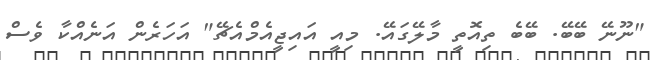
"ނޫނޭ ބޭބޭ. ބޭބެ ތިއޮތީ މާލޭގައޭ. މިއީ އައިޖީއެމްއެޗޭ" އަހަރެން އަނެއްކާ ވެސް